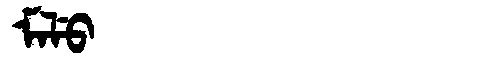
Manchu: ᠮᠠᠯᡠ
Romanization: MALU